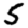
Digit: 5